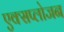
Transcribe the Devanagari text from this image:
एक्सप्लोजन